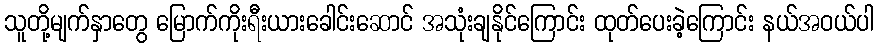
သူတို့မျက်နှာတွေ မြောက်ကိုးရီးယားခေါင်းဆောင် အသုံးချနိုင်ကြောင်း ထုတ်ပေးခဲ့ကြောင်း နယ်အဝယ်ပါ